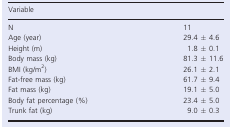
| Variable |  |
 | --- | --- |
 | N | 11 |
 | Age (year) | 29.4 ± 4.6 |
 | Height (m) | 1.8 ± 0.1 |
 | Body mass (kg) | 81.3 ± 11.6 |
 | BMI (kg/m2) | 26.1 ± 2.1 |
 | Fat‐free mass (kg) | 61.7 ± 9.4 |
 | Fat mass (kg) | 19.1 ± 5.0 |
 | Body fat percentage (%) | 23.4 ± 5.0 |
 | Trunk fat (kg) | 9.0 ± 0.3 |